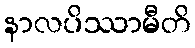
နာလပိဿာမီတိ